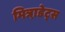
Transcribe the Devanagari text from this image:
मित्रा़डेट्स